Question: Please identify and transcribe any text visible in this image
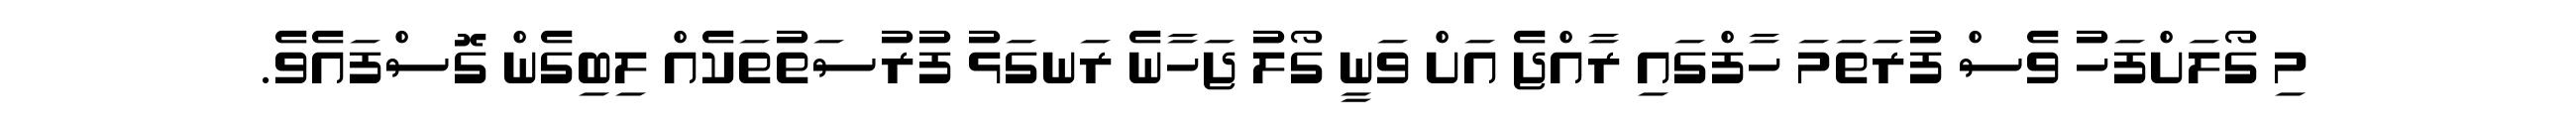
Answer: މި ގޯލަށްފަހު ވެސް ފުރަތަމަ ހާފްގައި ރާއްޖެ އަށް ވަނީ ގޯލު ޖަހާނެ ރަނގަޅު ފުރުސަތުތަކެއް ލިބިގެން ގޮސްފައެވެ.